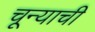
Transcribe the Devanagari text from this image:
चून्याची